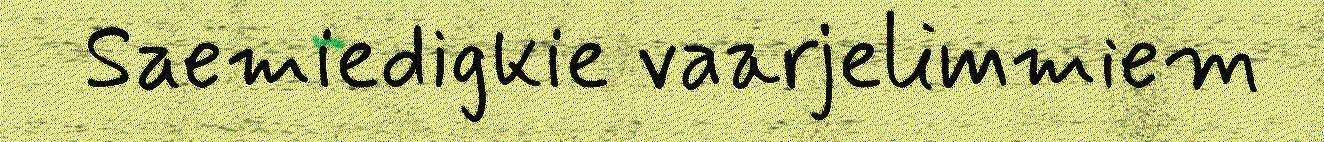
Saemiedigkie vaarjelimmiem